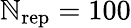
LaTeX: \mathbb{N}_{\mathrm{{rep}}}=100